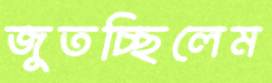
জুতচ্ছিলেম